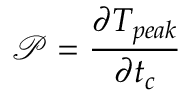
\mathscr { P } = \frac { \partial T _ { p e a k } } { \partial t _ { c } }